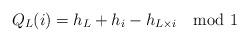
LaTeX: \begin{align*}Q_L(i) = h_L + h_i - h_{L \times i} \quad {\rm mod} \ 1\end{align*}